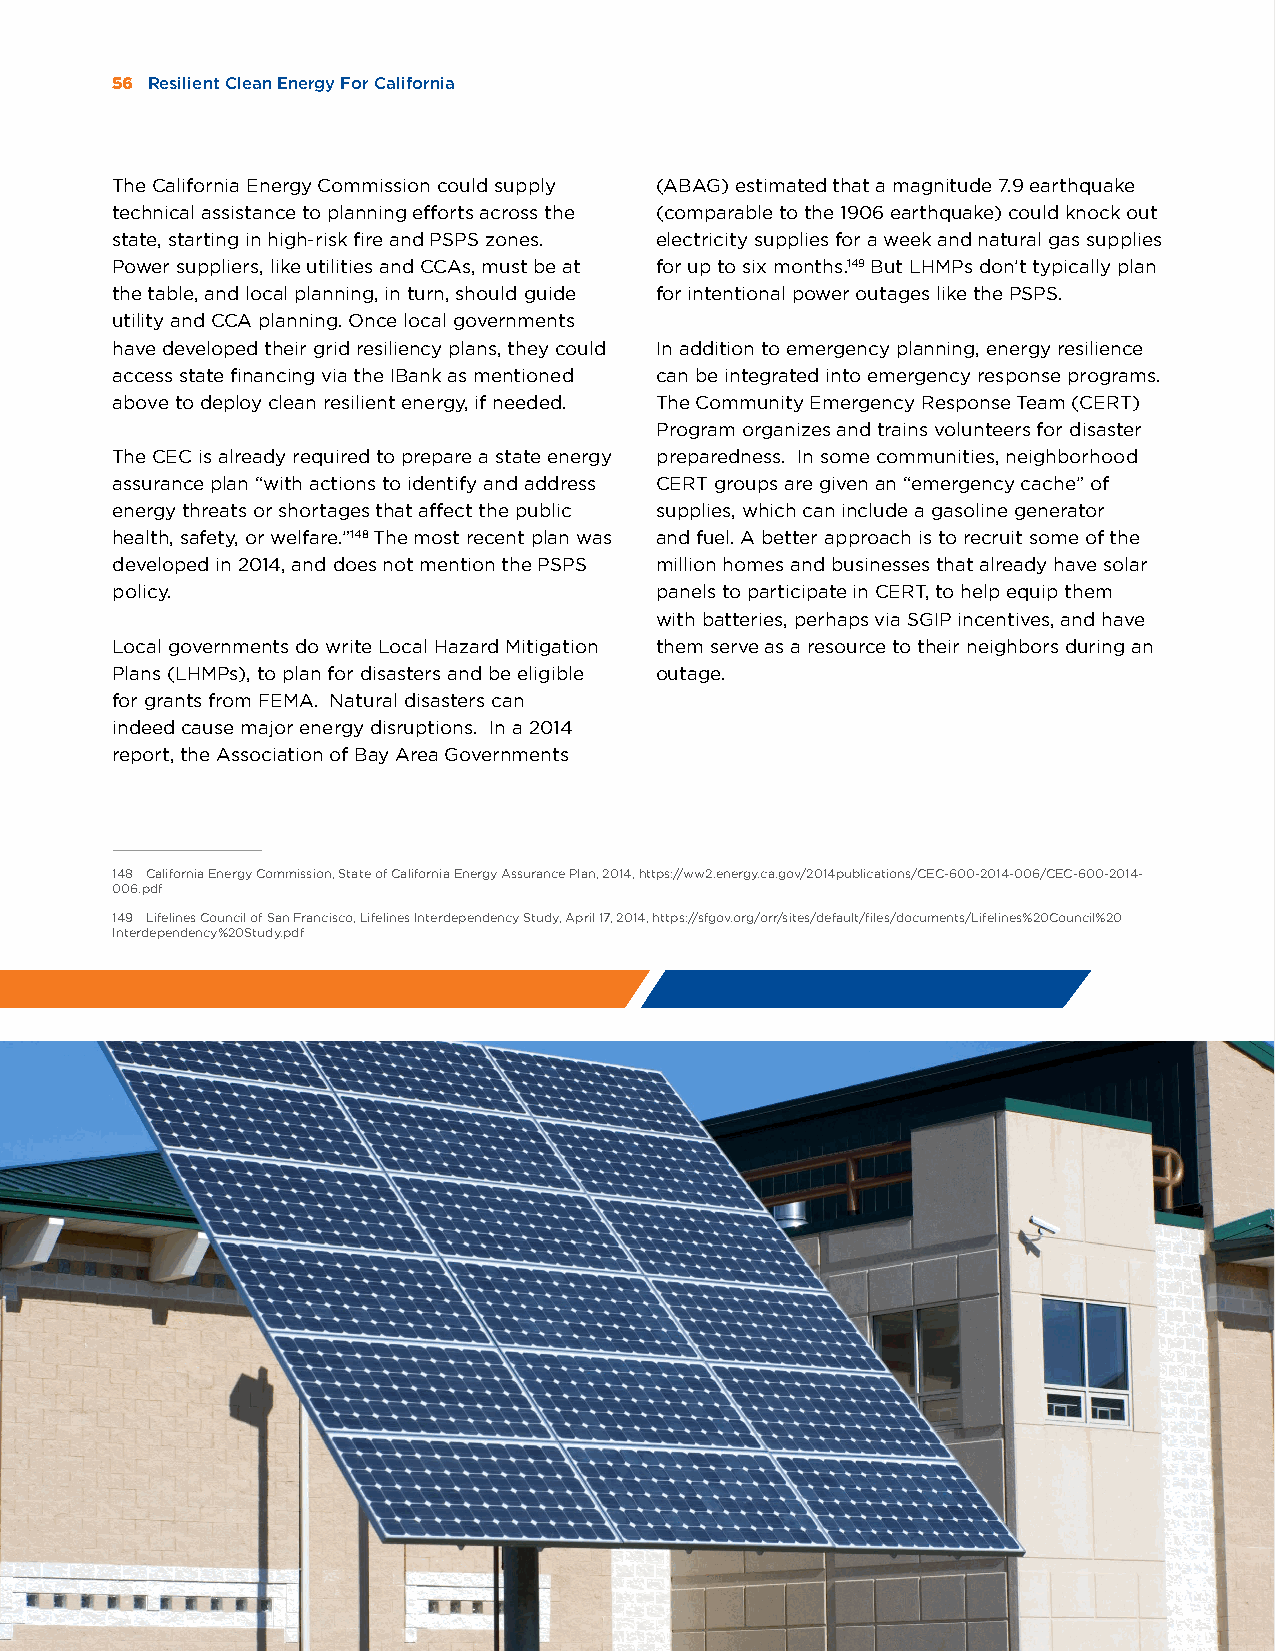
56 Resilient Clean Energy For California
 The California Energy Commission could supply (ABAG) estimated that a magnitude 7.9 earthquake
 technical assistance to planning efforts across the (comparable to the 1906 earthquake) could knock out
 state, starting in high-risk fire and PSPS zones. electricity supplies for a week and natural gas supplies
 Power suppliers, like utilities and CCAs, must be at for up to six months.149 But LHMPs don’t typically plan
 the table, and local planning, in turn, should guide for intentional power outages like the PSPS.
 utility and CCA planning. Once local governments
 have developed their grid resiliency plans, they could In addition to emergency planning, energy resilience
 access state financing via the IBank as mentioned can be integrated into emergency response programs.
 above to deploy clean resilient energy, if needed. The Community Emergency Response Team (CERT)
 Program organizes and trains volunteers for disaster
 The CEC is already required to prepare a state energy preparedness. In some communities, neighborhood
 assurance plan “with actions to identify and address CERT groups are given an “emergency cache” of
 energy threats or shortages that affect the public supplies, which can include a gasoline generator
 health, safety, or welfare.”148 The most recent plan was and fuel. A better approach is to recruit some of the
 developed in 2014, and does not mention the PSPS million homes and businesses that already have solar
 policy.                             panels to participate in CERT, to help equip them
 with batteries, perhaps via SGIP incentives, and have
 Local governments do write Local Hazard Mitigation them serve as a resource to their neighbors during an
 Plans (LHMPs), to plan for disasters and be eligible outage.
 for grants from FEMA. Natural disasters can
 indeed cause major energy disruptions. In a 2014
 report, the Association of Bay Area Governments
 148 California Energy Commission, State of California Energy Assurance Plan, 2014, https://ww2.energy.ca.gov/2014publications/CEC-600-2014-006/CEC-600-2014-
 006.pdf
 149 Lifelines Council of San Francisco, Lifelines Interdependency Study, April 17, 2014, https://sfgov.org/orr/sites/default/files/documents/Lifelines%20Council%20
 Interdependency%20Study.pdf